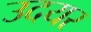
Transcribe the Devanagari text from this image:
उदयर